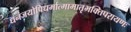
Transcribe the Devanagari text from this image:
धनंजयोपिधर्मात्मामातृभक्तिपरायणः